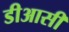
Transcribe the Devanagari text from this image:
डीआसी